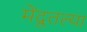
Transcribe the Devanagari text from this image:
मेंदूतल्या